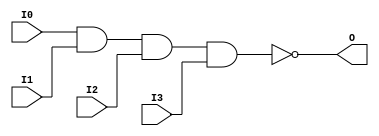
module NAND4 (O, I0, I1, I2, I3);

    output O;

    input  I0, I1, I2, I3;

    nand A1 (O, I0, I1, I2, I3);


endmodule